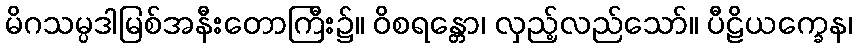
မိဂသမ္ပဒါမြစ်အနီးတောကြီး၌။ ဝိစရန္တော၊ လှည့်လည်သော်။ ပီဠိယက္ခေန၊